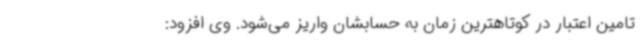
تامین اعتبار در کوتاهترین زمان به حسابشان واریز می‌شود. وی افزود: